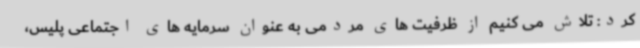
کرد: تلاش می کنیم از ظرفیت های مردمی به عنوان سرمایه های اجتماعی پلیس،